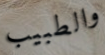
والطبيب